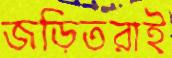
জড়িতরাই